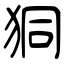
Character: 狪